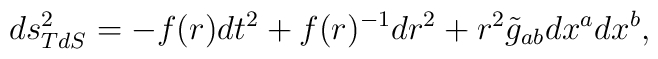
ds^2_{TdS} =-f(r)dt^2 +f(r)^{-1}dr^2 +r^2 \tilde g_{ab}dx^adx^b,